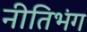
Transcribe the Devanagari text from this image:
नीतिभंग